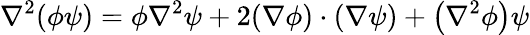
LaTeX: \nabla^{2}(\phi\psi)=\phi\nabla^{2}\psi+2(\nabla\phi)\cdot(\nabla\psi)+\left(\nabla^{2}\phi\right)\psi